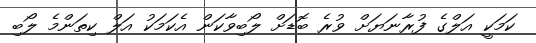
ކަމަކީ އަލްގެ ފުރާނަޔަށް ވުރެ ބޮޑަށް ލޯބިވާކަން އެކަމަކު އަލް ކިތަންމެ ލޯބި